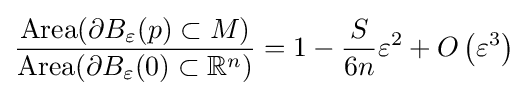
{\frac {\operatorname {Area} (\partial B_{\varepsilon }(p)\subset M)}{\operatorname {Area} (\partial B_{\varepsilon }(0)\subset {\mathbb {R} }^{n})}}=1-{\frac {S}{6n}}\varepsilon ^{2}+O\left(\varepsilon ^{3}\right)